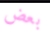
بعض